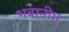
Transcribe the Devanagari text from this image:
भवानी।।